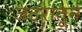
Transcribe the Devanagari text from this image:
जठरातून